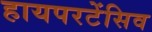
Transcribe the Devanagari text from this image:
हायपरटेंसिव